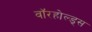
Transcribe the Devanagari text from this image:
वॉरहोल्ड्स